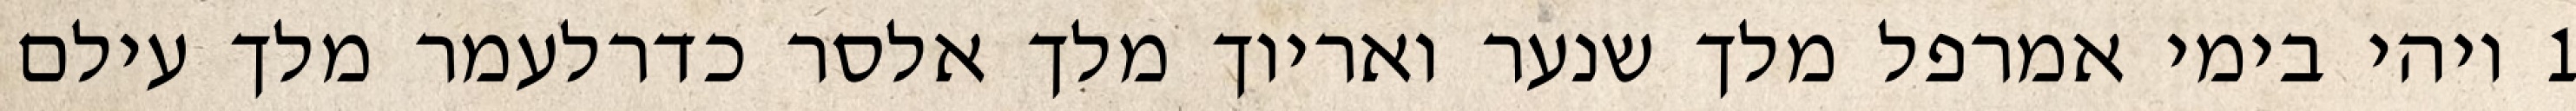
1 ויהי בימי אמרפל מלך שנער ואריוך מלך אלסר כדרלעמר מלך עילם